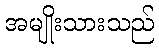
အမျိုးသားသည်